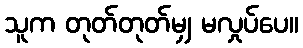
သူက တုတ်တုတ်မျှ မလှုပ်ပေ။